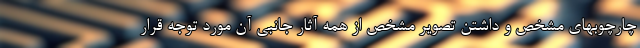
چارچوبهای مشخص و داشتن تصویر مشخص از همه آثار جانبی آن مورد توجه قرار